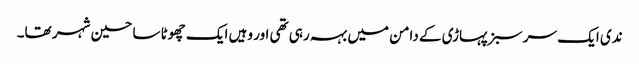
ندی ایک سر سبز پہاڑی کے دامن میں بہہ رہی تھی اور وہیں ایک چھوٹا سا حسین شہر تھا۔